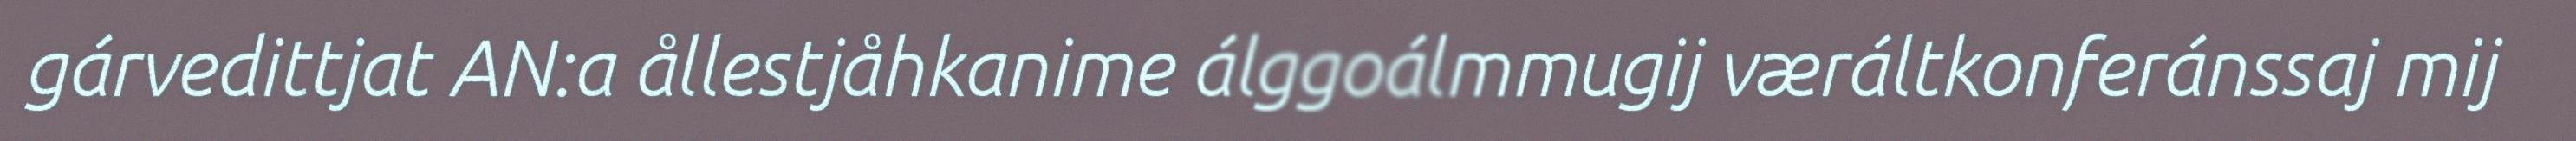
gárvedittjat AN:a ållestjåhkanime álggoálmmugij væráltkonferánssaj mij